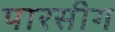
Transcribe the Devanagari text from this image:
पारसीग